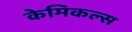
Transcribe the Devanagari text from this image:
केमिकल्‍स